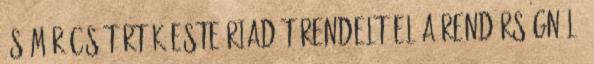
és már csütörtök este riadót rendelt el a rendőrségnél,